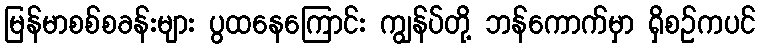
မြန်မာစစ်စခန်းများ ပွထနေကြောင်း ကျွန်ပ်တို့ ဘန်ကောက်မှာ ရှိစဉ်ကပင်